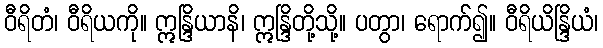
ဝီရိတံ၊ ဝီရိယကို။ ဣန္ဒြိယာနိ၊ ဣန္ဒြိတို့သို့။ ပတွာ၊ ရောက်၍။ ဝီရိယိန္ဒြိယံ၊